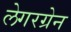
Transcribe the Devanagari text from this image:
लेगरग्रेन